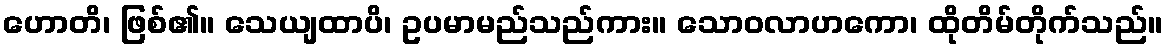
ဟောတိ၊ ဖြစ်၏။ သေယျထာပိ၊ ဥပမာမည်သည်ကား။ သောဝလာဟကော၊ ထိုတိမ်တိုက်သည်။